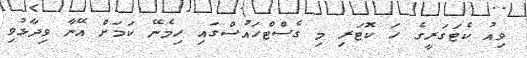
ވިއު ކެޓަގަރީގެ ހަ ކޮޓަރި މި ގެސްޓްހައުސްގައި ހިމެނޭ ކަމަށް އޭނާ ވިދާޅުވި